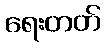
ရေးတတ်